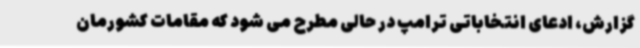
گزارش، ادعای انتخاباتی ترامپ در حالی مطرح می شود که مقامات کشورمان